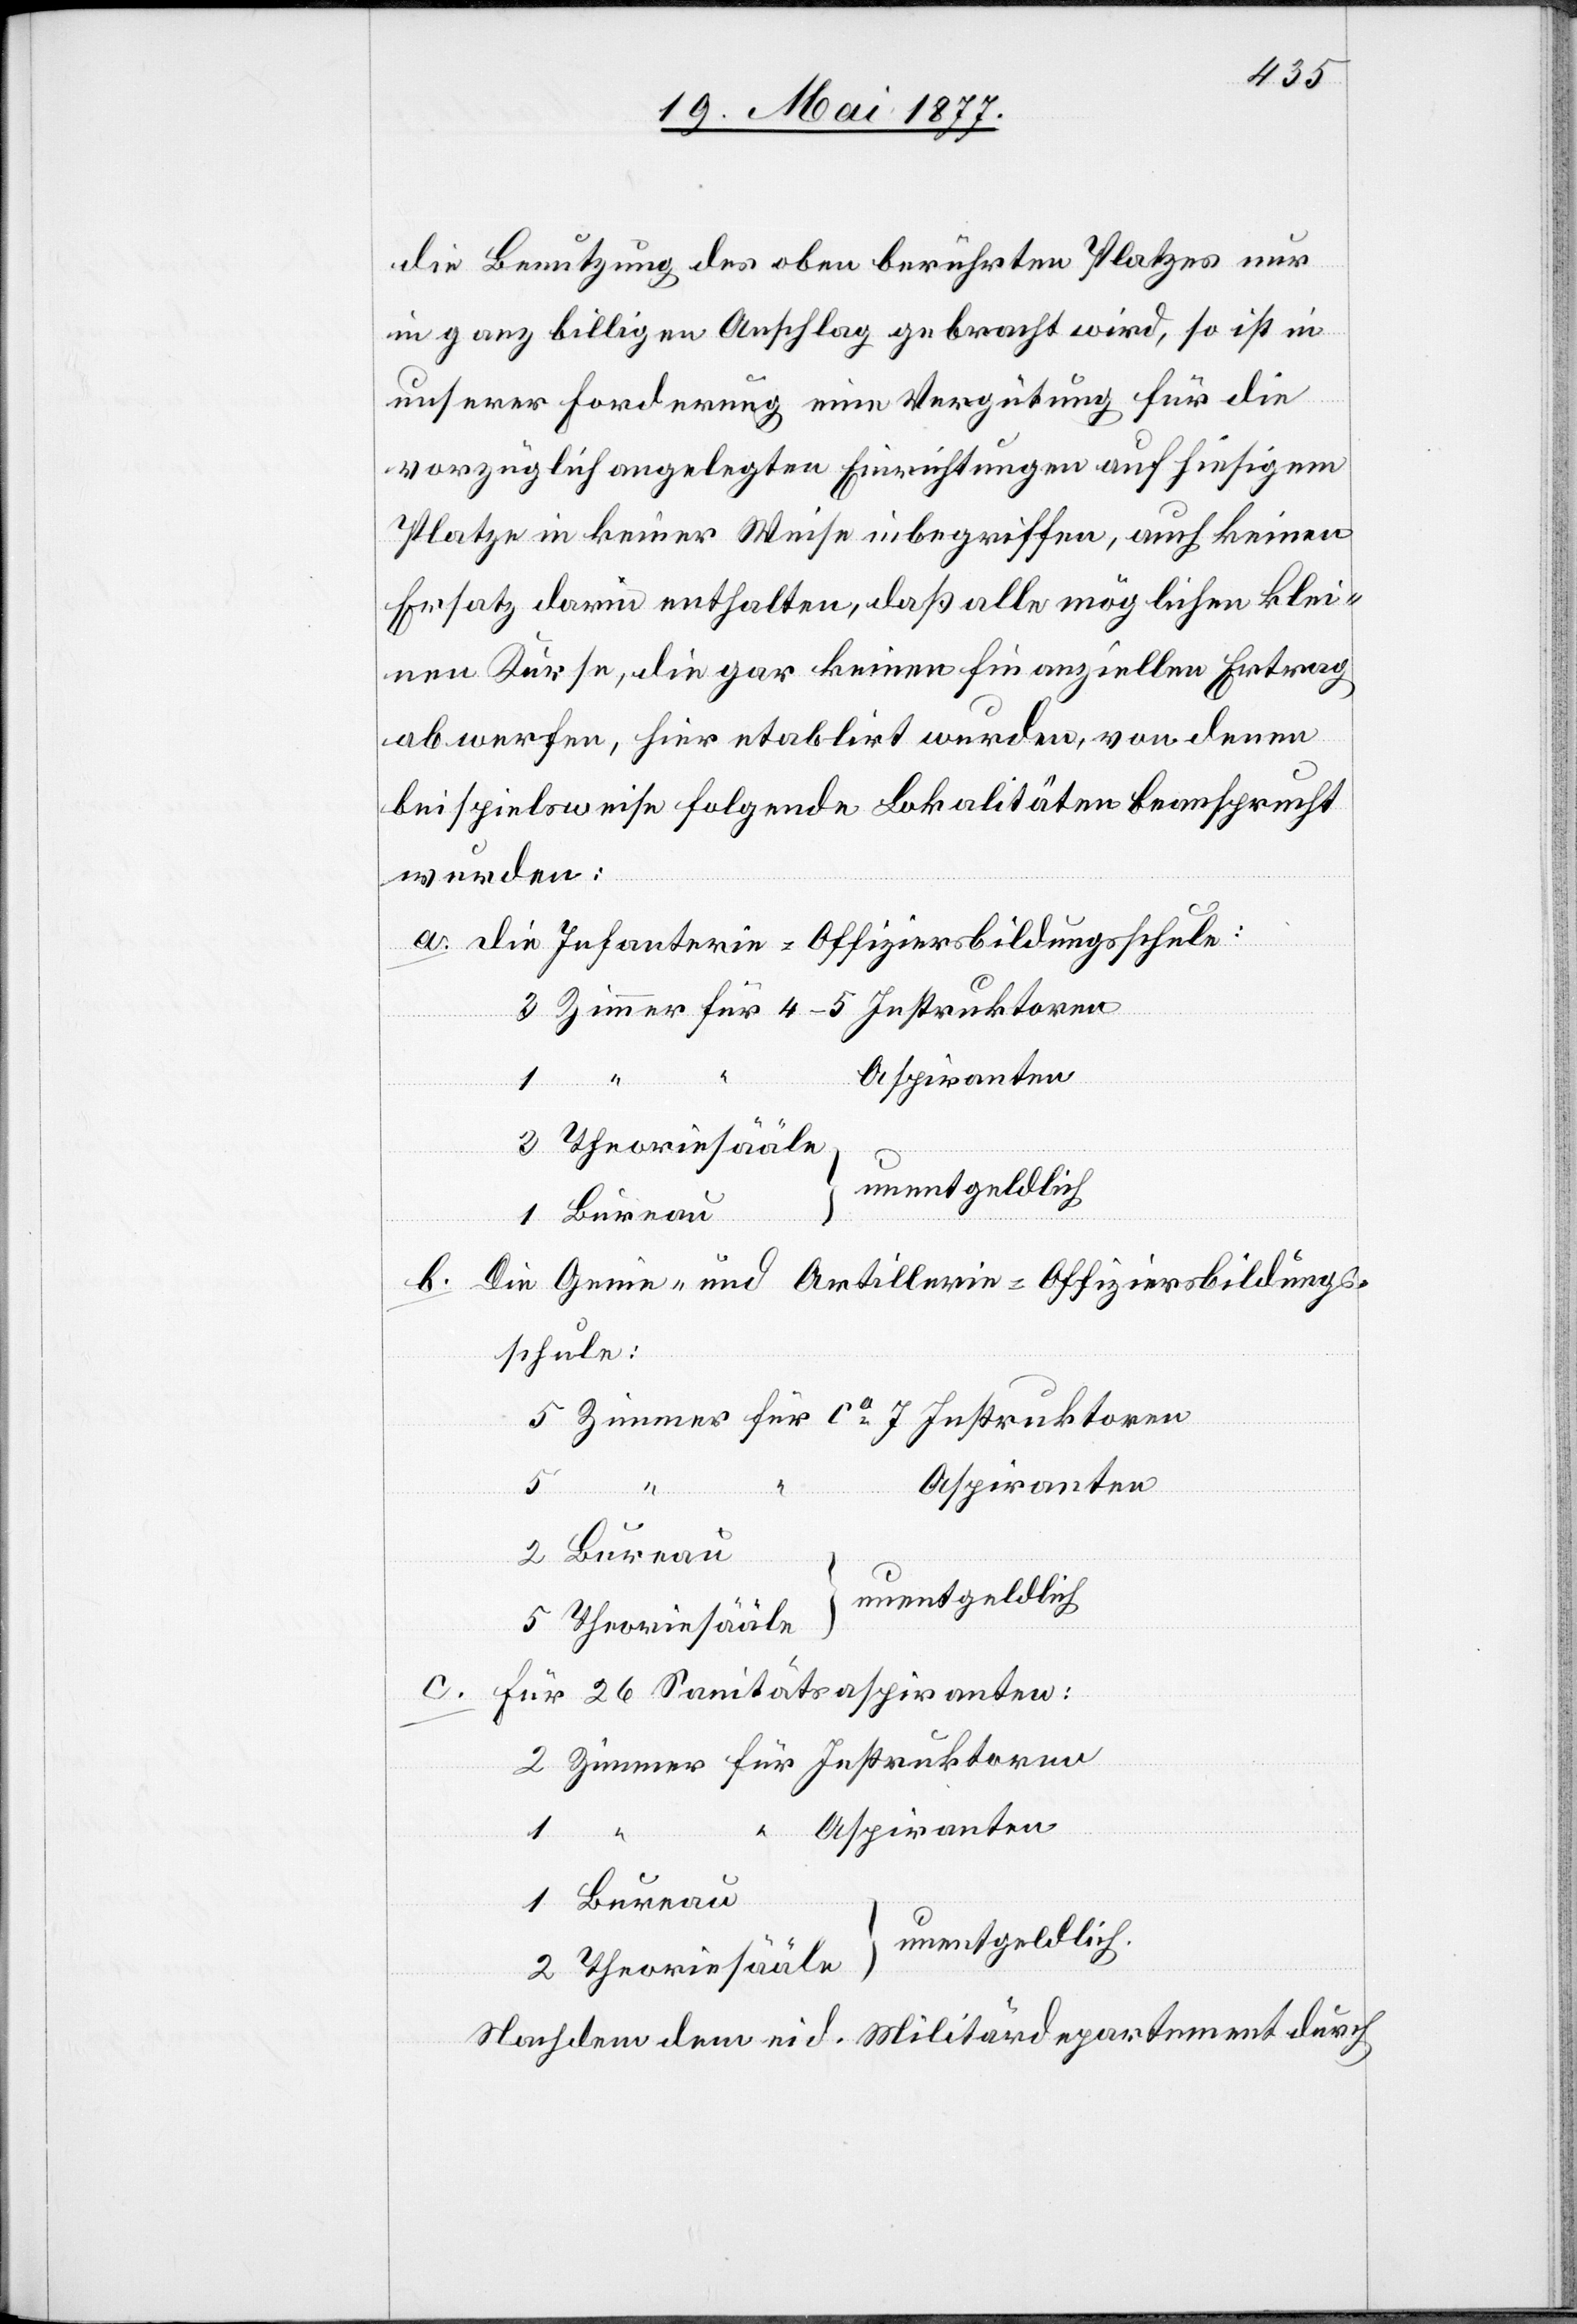
4–5
die Benutzung des oben berührten Platzes nur
in ganz billigen Anschlag gebracht wird, so ist in
unserer Forderung eine Vergütung für die
vorzüglich angelegten Einrichtungen auf hiesigem
Platze in keiner Weise inbegriffen, auch keinen
Ersatz darin enthalten, daß alle möglichen klei¬
nen Kurse, die gar keinen finanziellen Ertrag
abwerfen, hier etablirt wurden, von denen
beispielsweise folgende Lokalitäten beansprucht
wurden:
a. die Infanterie-Offiziersbildungsschule:
unentgeldlich
Bureau
b. Die Genie- und Artillerie-Offiziersbildungs¬
schule
Aspiranten
unentgeldlich
Theoriesääle
c.
für 26 Sanitätsaspiranten
Zimmer
Bureau
unentgeldlich.
Nachdem dem eid. Militärdepartement durch